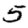
Digit: 5